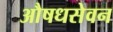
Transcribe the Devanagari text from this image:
औषधसेवन